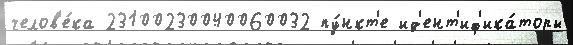
челов'е́ка 23100230040060032 пу́нкт'е ид'ент'иф'ика́торы